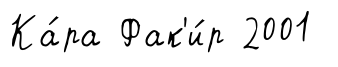
Ка́ра Фак'и́р 2001